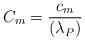
LaTeX: \begin{align*}C_m = \frac{c_m}{(\lambda_P)}\end{align*}